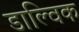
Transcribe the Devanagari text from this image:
डाल्विक